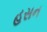
હસન